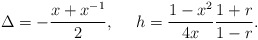
\begin{align*}\Delta=-\frac{x+x^{-1}}{2}, ~~~~h=\frac{1-x^2}{4x}\frac{1+r}{1-r}. \end{align*}